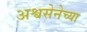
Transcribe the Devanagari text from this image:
अश्वसेनेच्या